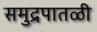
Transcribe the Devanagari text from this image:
समुद्रपातळी